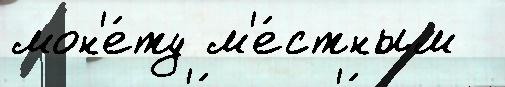
мон'е́ту м'е́стным